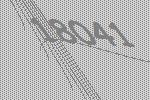
18041